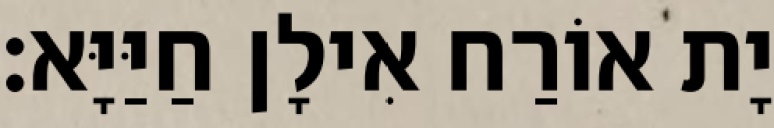
יָת אוֹרַח אִילָן חַיַּיָּא׃